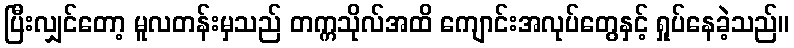
ပြီးလျှင်တော့ မူလတန်းမှသည် တက္ကသိုလ်အထိ ကျောင်းအလုပ်တွေနှင့် ရှုပ်နေခဲ့သည်။